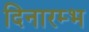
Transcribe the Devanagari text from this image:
दिनारम्भ